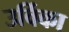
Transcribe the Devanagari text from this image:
उर्विका